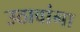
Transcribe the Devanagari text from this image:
उठावांना